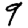
Digit: 9